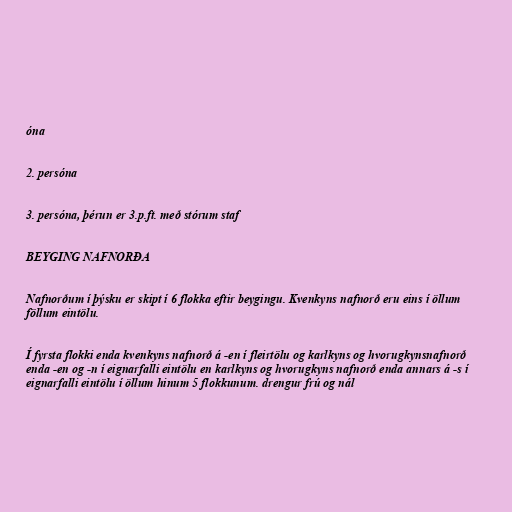
óna

2. persóna

3. persóna, þérun er 3.p.ft. með stórum staf

BEYGING NAFNORÐA

Nafnorðum í þýsku er skipt í 6 flokka eftir beygingu. Kvenkyns nafnorð eru eins í öllum
föllum eintölu.

Í fyrsta flokki enda kvenkyns nafnorð á -en í fleirtölu og karlkyns og hvorugkynsnafnorð
enda -en og -n í eignarfalli eintölu en karlkyns og hvorugkyns nafnorð enda annars á -s í
eignarfalli eintölu í öllum hinum 5 flokkunum. drengur frú og nál